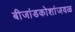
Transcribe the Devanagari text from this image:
बीजांडकोशांजवळ